system: You are a helpful assistant.
user:
Analyze the provided spectrum to determine if it is a **"Cataclysmic Variables (CV)"**.

- **Key Indicators for CV (Check for either state):**
    - **State 1: Quiescent / Low-State (Emission-Dominated)**
        - **(Primary):** Strong and *very broad* Hydrogen Balmer emission lines (e.g., $H\alpha$ at 6563 Å, $H\beta$ at 4861 Å). The 'broadness' (high velocity dispersion, often FWHM > 1000 km/s) is the key diagnostic, indicating a high-velocity accretion disk.
        - **(Secondary):** Broad neutral Helium (He I) emission lines (e.g., 5876 Å, 6678 Å).
        - **(Key Confirmation):** Presence of high-excitation *ionized* Helium (He II) emission at 4686 Å. This is a strong indicator of accretion onto a white dwarf.
        - **(Line Profile):** Emission lines may exhibit a 'double-peaked' profile, which is a classic signature of a rotating accretion disk viewed at high inclination.

    - **State 2: Outburst / High-State (Absorption-Dominated)**
        - **(Primary):** Spectrum is dominated by a bright, blue continuum (looks like a hot star).
        - **(Secondary):** The emission lines from State 1 are weak, absent, or 'filled in', and are replaced by broad, shallow *absorption* lines (primarily Balmer and He I).
        - **(Morphology):** The overall spectrum mimics a hot B/A-type star. The crucial difference is that the absorption lines are significantly broader, shallower, and more 'washed-out' (or 'smeared') than the sharp lines of a normal stellar photosphere, due to high rotational speeds and pressure broadening in the disk.

Think first, call **spectral_visualization_tool** if needed to examine features in detail, then provide your final answer. Your response must adhere to the following strict rules:
1.  **Overall Structure:** Your response must follow the format `<think>...</think> <tool_call>...</tool_call> (if a tool is used) <answer>...</answer>`.
2.  **Tool Usage Constraint:** You may only make **one** tool call per turn.
3.  **Final Answer Format:** In the `<answer>` tag, your conclusion must be inside a `\boxed{}` command (e.g., `\boxed{YES}`), followed by your justification.

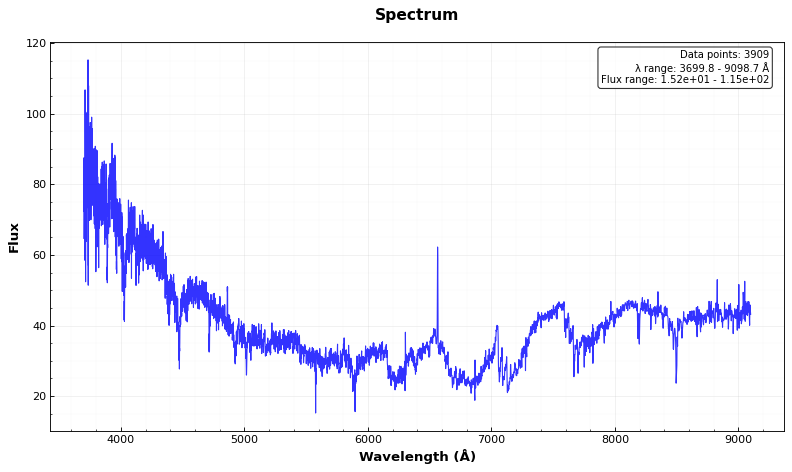
Answer: NO